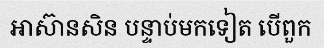
អាស៊ានសិន បន្ទាប់មកទៀត បើពួក